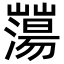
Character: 𡾕